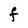
Character: F